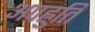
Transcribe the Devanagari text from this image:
अपह्नुति